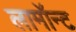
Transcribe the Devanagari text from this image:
लामॉन्ट